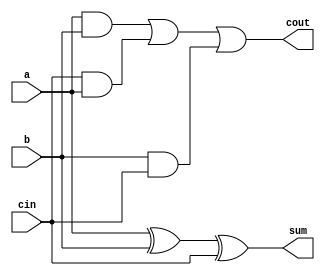

module Fadd(a,b,cin,cout,sum);
input wire a,b,cin;
output wire cout,sum;

assign cout=(a&b)|(cin&a)|(b&cin);
assign sum=a^b^cin;

endmodule